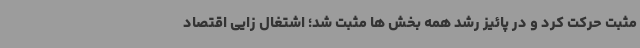
مثبت حرکت کرد و در پائیز رشد همه بخش ها مثبت شد؛ اشتغال زایی اقتصاد